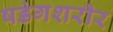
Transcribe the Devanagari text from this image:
षडंगशरीर